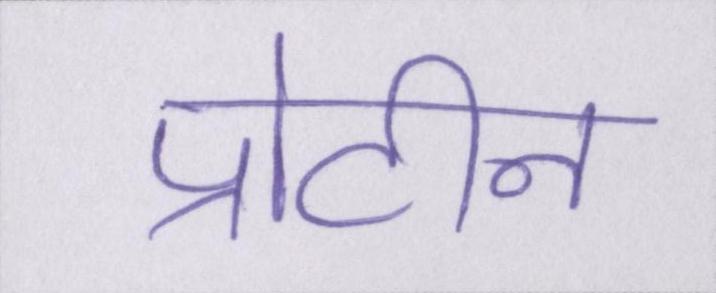
प्रोटीन